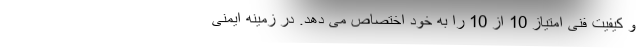
و کیفیت فنی امتیاز 10 از 10 را به خود اختصاص می دهد. در زمینه ایمنی